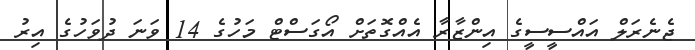
ޖެނެރަލް އައްސީސީގެ އިންޒާރާ އެއްގޮތަށް އޯގަސްޓް މަހުގެ 14 ވަނަ ދުވަހުގެ އިރު